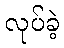
လုပ်ခဲ့